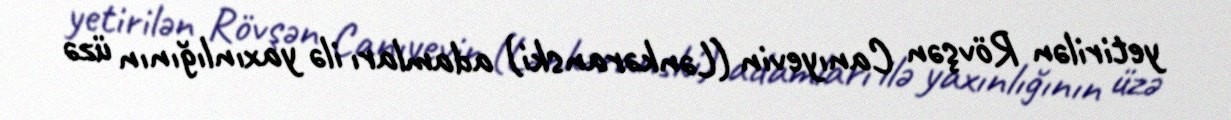
yetirilən Rövşən Canıyevin (Lənkəranski) adamları ilə yaxınlığının üzə